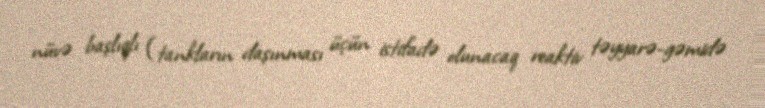
nüvə başlıqlı (tankların daşınması üçün istifadə olunacaq reaktiv təyyarə-gəmidə